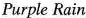
Purple Rain